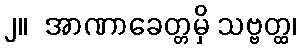
၂။  အာဏာခေတ္တမှိ သဗ္ဗတ္ထ၊